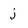
Character: j